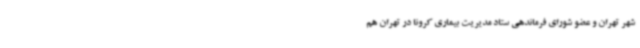
شهر تهران و عضو شورای فرماندهی ستاد مدیریت بیماری کرونا در تهران هم